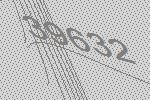
39632